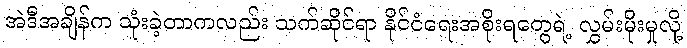
အဲဒီအချိန်က သုံးခဲ့တာကလည်း သက်ဆိုင်ရာ နိုင်ငံရေးအစိုးရတွေရဲ့ လွှမ်းမိုးမှုလို့